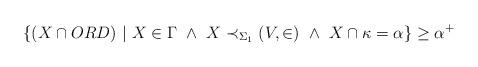
LaTeX: \begin{align*} \{ (X \cap ORD) \ | \ X \in \Gamma \ \wedge \ X \prec_{\Sigma_1} (V,\in) \ \wedge \ X \cap \kappa = \alpha \} \ge \alpha^+ \end{align*}